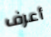
أعرف